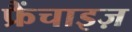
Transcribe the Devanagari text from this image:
फ्रैंचाइज़